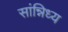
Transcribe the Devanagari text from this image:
सांन्निध्य